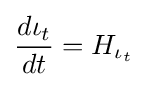
{\frac {d\iota _{t}}{dt}}=H_{\iota _{t}}